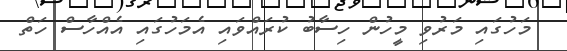
މަހުގައި މަރުވި މީހުން ހިސާބު ކުރައްވައި އެމަހުގައި އެއްހާސް ހަތް